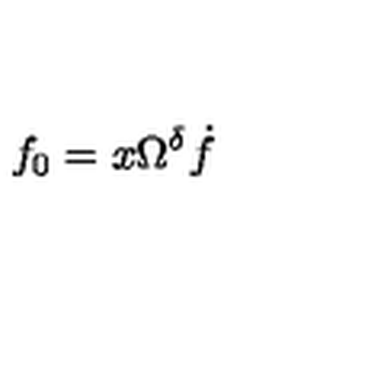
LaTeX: f _ { 0 } = x \Omega ^ { \delta } \dot { f }